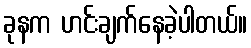
ခုနက ဟင်းချက်နေခဲ့ပါတယ်။